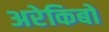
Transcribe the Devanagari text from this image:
अरेकिबो